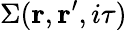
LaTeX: \Sigma(\mathbf{r},\mathbf{r}^{\prime},i\tau)